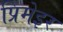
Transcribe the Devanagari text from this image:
प्रिमेइर